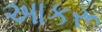
આકરૂ